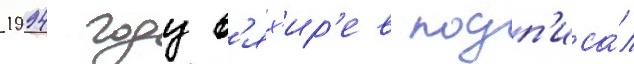
1994 году в'ях'ир'ев подп'иса́л